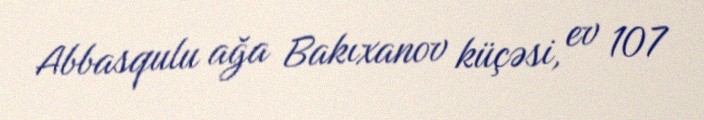
Abbasqulu ağa Bakıxanov küçəsi, ev 107